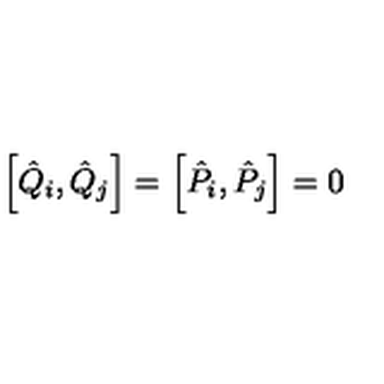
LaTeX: \left[ \hat { Q } _ { i } , \hat { Q } _ { j } \right] = \left[ \hat { P } _ { i } , \hat { P } _ { j } \right] = 0